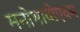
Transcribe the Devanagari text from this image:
मनोभावोएवम